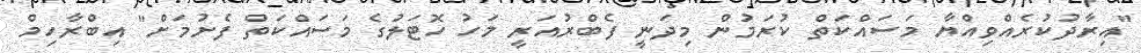
"އިރާދުކުރެއްވިއްޔާ މަސައްކަތް ކުރަމުން މިދަނީ ފެބްރުއަރީ މަހު ހޮޓަލުގެ މަސައްކަތް ފެށުމަށް" އިބްރާހިމް